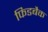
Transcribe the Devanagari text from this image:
फिडबैक